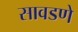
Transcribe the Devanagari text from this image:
सावडणे